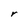
Character: r